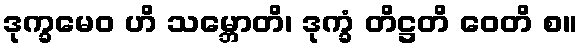
ဒုက္ခမေဝ ဟိ သမ္ဘောတိ၊ ဒုက္ခံ တိဋ္ဌတိ ဝေတိ စ။